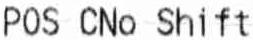
POS CNO SHIFT